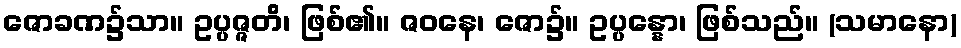
ဇောခဏ၌သာ။ ဥပ္ပဇ္ဇတိ၊ ဖြစ်၏။ ဇဝနေ၊ ဇော၌။ ဥပ္ပန္နော၊ ဖြစ်သည်။ (သမာနော)